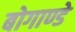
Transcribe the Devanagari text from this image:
बोगाण्डे